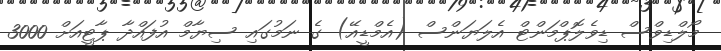
މޯލްޑިވްސް ޑިވެލޮޕްމަންޓް އެލަޔަންސް (އެމްޑީއޭ) ގެ ނަމުގައި ސިޔާމް އުފައްދާ ޕާޓީއަށް 3000